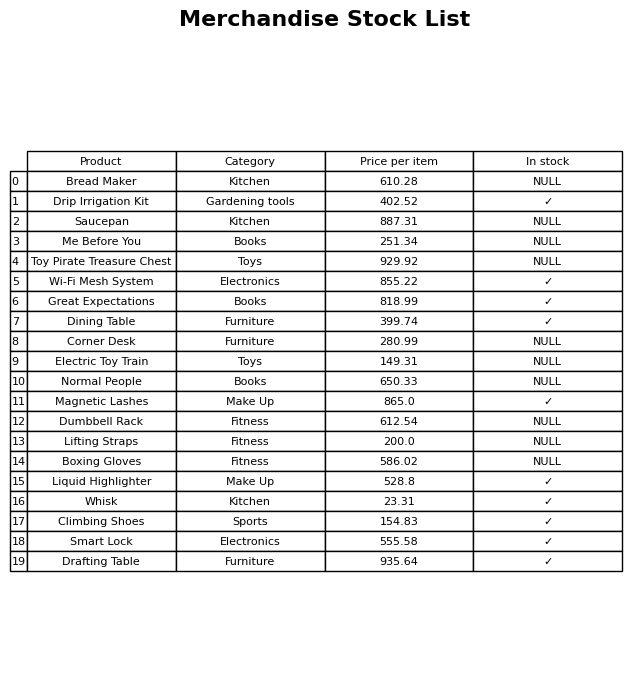
question: What is the price of the Drafting Table?
answer: The price of Drafting Table is 935.64.